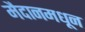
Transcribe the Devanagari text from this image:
मैदानमधून